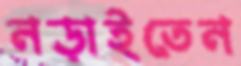
নড়াইতেন